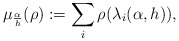
\begin{align*}\mu_{\frac{\alpha}{h}}(\rho) := \sum_i \rho(\lambda_i(\alpha,h)),\end{align*}